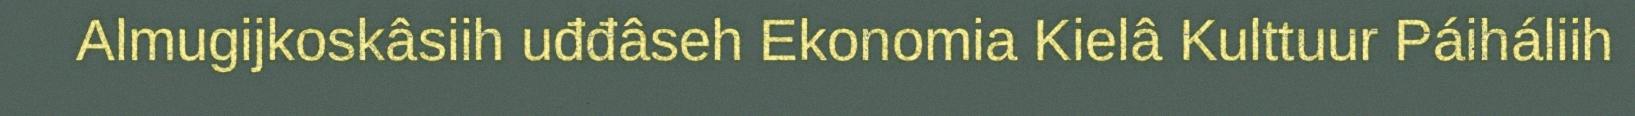
Almugijkoskâsiih uđđâseh Ekonomia Kielâ Kulttuur Páiháliih